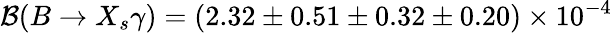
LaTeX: {\cal B}(B\to X_{s}\gamma)=(2.32\pm 0.51\pm 0.32\pm 0.20)\times 10^{-4}